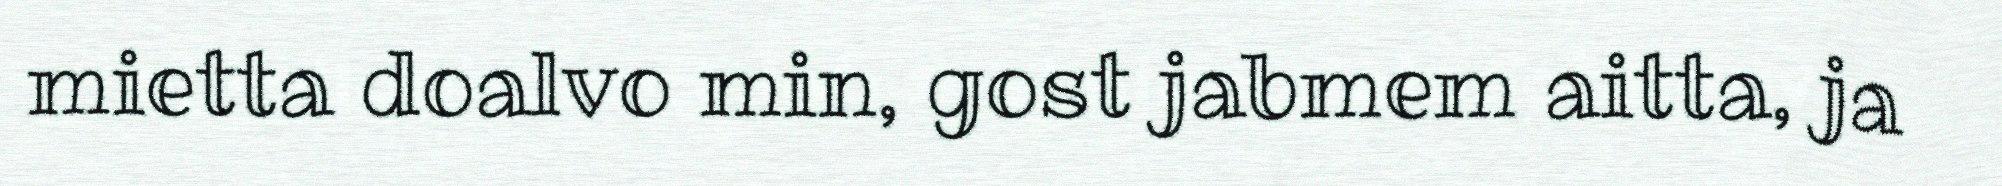
mietta doalvo min, gost jabmem aitta, ja